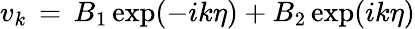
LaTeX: v_{k}\, =\, B_{1}\exp(-ik\eta)+B_{2}\exp(ik\eta)